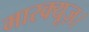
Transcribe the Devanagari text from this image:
मारक्यूज़।